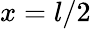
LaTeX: x=l/2